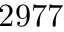
2 9 7 7